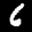
Label: 6